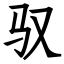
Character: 驭